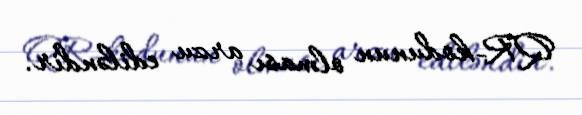
QR-kodunun olması arzu ediləndir.